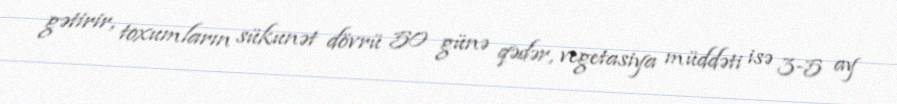
gətirir, toxumların sükunət dövrü 50 günə qədər, vegetasiya müddəti isə 3-5 ay